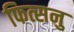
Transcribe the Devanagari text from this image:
फित्सनु